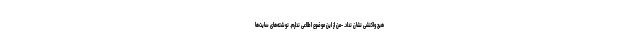
هیچ واکنشی نشان نداد. -من از این موضوع اطلاعی ندارم. نوشته‌های سایت‌ها